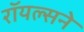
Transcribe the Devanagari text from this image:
रॉयल्सने